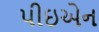
પીઇએન